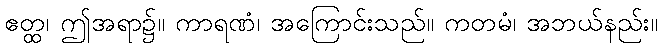
ဧတ္ထ၊ ဤအရာ၌။ ကာရဏံ၊ အကြောင်းသည်။ ကတမံ၊ အဘယ်နည်း။